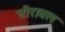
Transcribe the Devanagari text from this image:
वीरावल